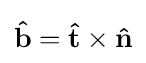
\mathbf {\hat {b}} =\mathbf {\hat {t}} \times \mathbf {\hat {n}}